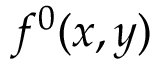
f ^ { 0 } ( x , y )